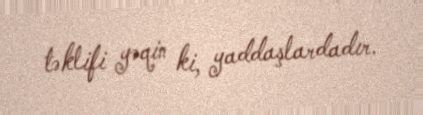
təklifi yəqin ki, yaddaşlardadır.